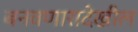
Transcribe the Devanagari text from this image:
बनवणारादेखील